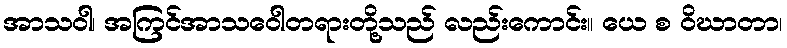
အာသဝါ၊ အကြင်အာသဝေါတရားတို့သည် လည်းကောင်း။ ယေ စ ဝိဃာတာ၊